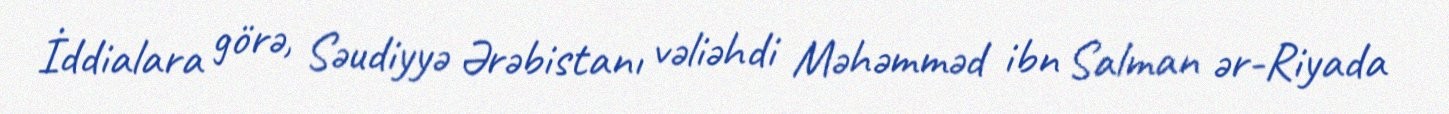
İddialara görə, Səudiyyə Ərəbistanı vəliəhdi Məhəmməd ibn Salman ər-Riyada